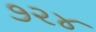
૭૨૪